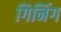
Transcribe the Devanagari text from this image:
गिनिंग